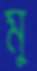
মু